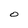
Character: o